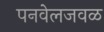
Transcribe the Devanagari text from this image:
पनवेलजवळ